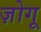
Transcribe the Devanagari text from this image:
ज़ोगू